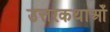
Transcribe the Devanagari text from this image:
उत्तरकथाओँ